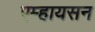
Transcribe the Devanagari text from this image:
एम्हायसन